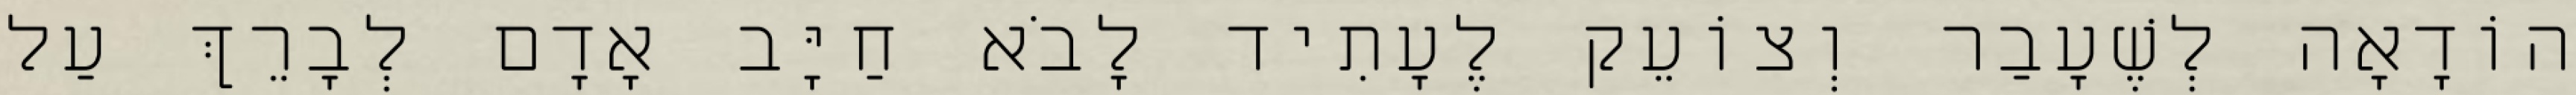
הוֹדָאָה לְשֶׁעָבַר וְצוֹעֵק לֶעָתִיד לָבֹא חַיָּב אָדָם לְבָרֵךְ עַל